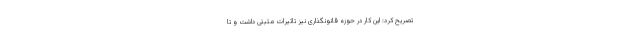
تصریح کرد: این کار در حوزه قانونگذاری نیز تاثیرات مثبتی داشت و تا